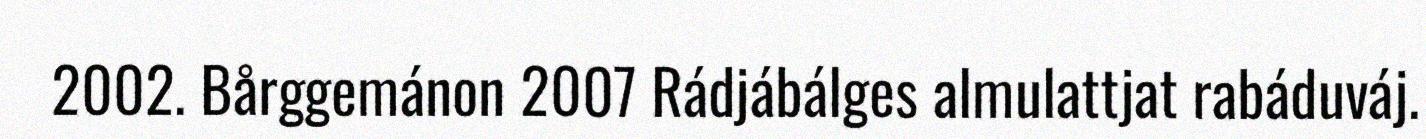
2002. Bårggemánon 2007 Rádjábálges almulattjat rabáduváj.